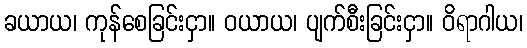
ခယာယ၊ ကုန်စေခြင်းငှာ။ ဝယာယ၊ ပျက်စီးခြင်းငှာ။ ဝိရာဂါယ၊